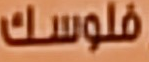
فلوسك